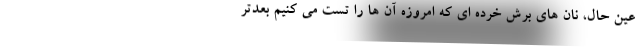
عین حال، نان های برش خرده ای که امروزه آن ها را تست می کنیم بعدتر